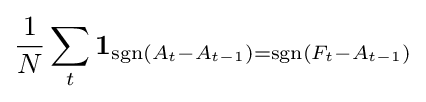
{\frac {1}{N}}\sum _{t}\mathbf {1} _{\operatorname {sgn}(A_{t}-A_{t-1})=\operatorname {sgn}(F_{t}-A_{t-1})}